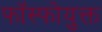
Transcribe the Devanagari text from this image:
फॉस्फोयुक्त